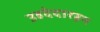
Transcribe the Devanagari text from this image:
उहदेदारइन